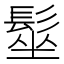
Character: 髽